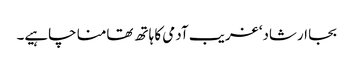
بجا ارشاد‘ غریب آدمی کا ہاتھ تھامنا چاہیے۔